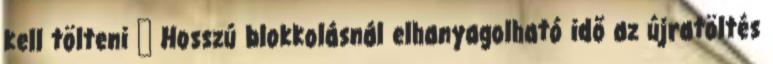
kell tölteni ● Hosszú blokkolásnál elhanyagolható idő az újratöltés